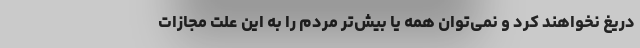
دریغ نخواهند کرد و نمی‌توان همه یا بیش‌تر مردم را به این علت مجازات